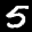
Label: 5